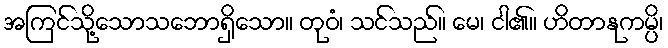
အကြင်သို့သောသဘောရှိသော။ တုဝံ၊ သင်သည်။ မေ၊ ငါ၏။ ဟိတာနုကမ္ပိ၊